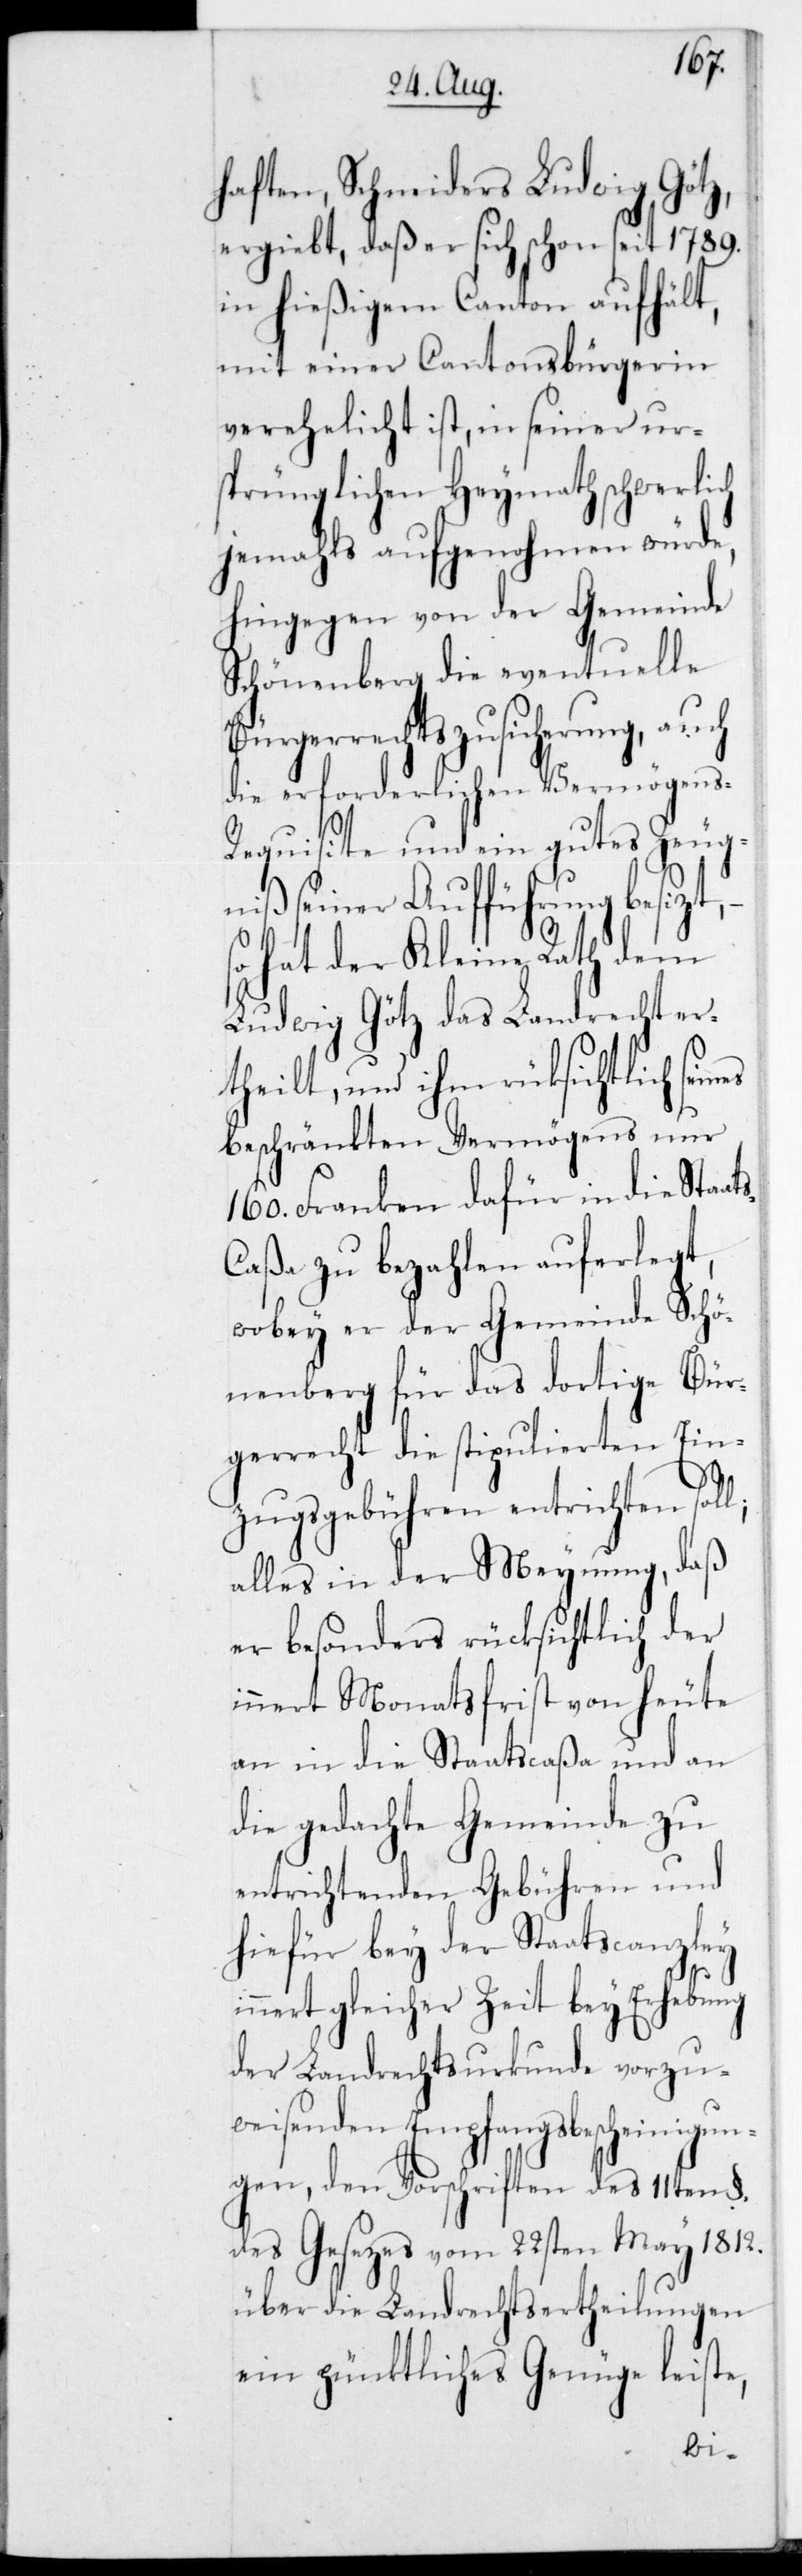
haften, Schneiders Ludwig Götz,
ergiebt, daß er sich schon seit 1789
in hießigem Canton aufhält,
mit einer Cantonsbürgerin
verehelicht ist, in seiner ur¬
sprünglichen Heymath schwerlich
jemahls aufgenohmen würde,
hingegen von der Gemeinde
Schönenberg die eventuelle
Bürgerrechtszusicherung, auch
die erforderlichen Vermögen¬
s-Requisite und ein gutes Zeug¬
niß seiner Aufführung besizt,
hat der Kleine Rath dem
Ludwig Götz das Landrecht er¬
theilt, und ihm rücksichtlich sei¬
beschränkten Vermögens nur
160 Franken dafür in die Staat¬
aßa zu bezahlen auferlegt,
wobey er der Gemeinde Schö¬
nenberg für das dortige Bür¬
gerrecht die stipulierten Ein¬
zugsgebühren entrichten sol¬
alles in der Meynung, daß
er besonders rücksichtlich der
innert Monatsfrist von heute
an in die Staatscaßa und an
die gedachte Gemeinde zu
entrichtenden Gebühren und
hiefür bey der Staatscanzley
nnert gleicher Zeit bey Erhebung
der Landrechtsurkunde vorzu¬
weisenden Empfangsbescheinigun¬
gen, den Vorschriften des 11ten §
des Gesetzes vom 22sten May 1812
über die Landrechtsertheilungen
ein pünktliches Genüge leiste,
i¬